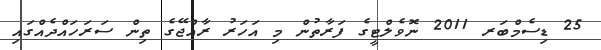
25 ޑިސެމްބަރ 2011 ނޮވެލްޓީގެ ފަރާތުން މި އަހަރު ރާއްޖޭގެ ތިން ސަރަހައްދެއްގައި